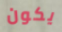
يكون